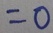
= 0